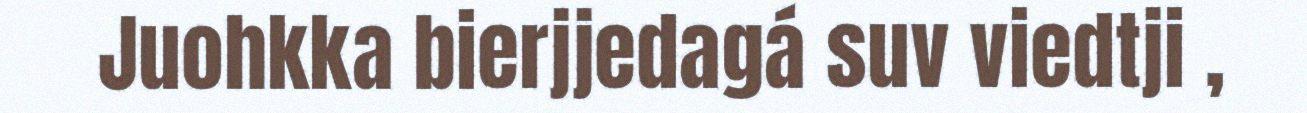
Juohkka bierjjedagá suv viedtji ,